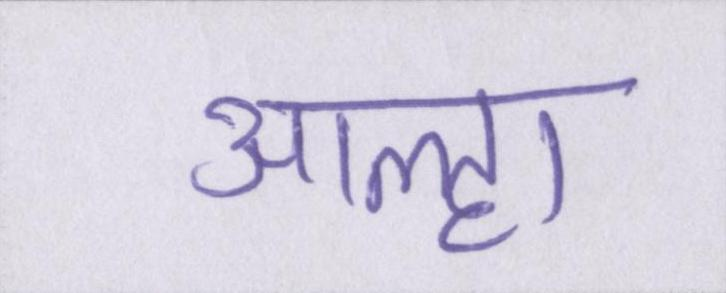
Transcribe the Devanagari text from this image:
आल्हा